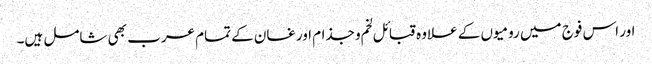
اور اس فوج میں رومیوں کے علاوہ قبائل لخم و جذام اور غسان کے تمام عرب بھی شامل ہیں۔